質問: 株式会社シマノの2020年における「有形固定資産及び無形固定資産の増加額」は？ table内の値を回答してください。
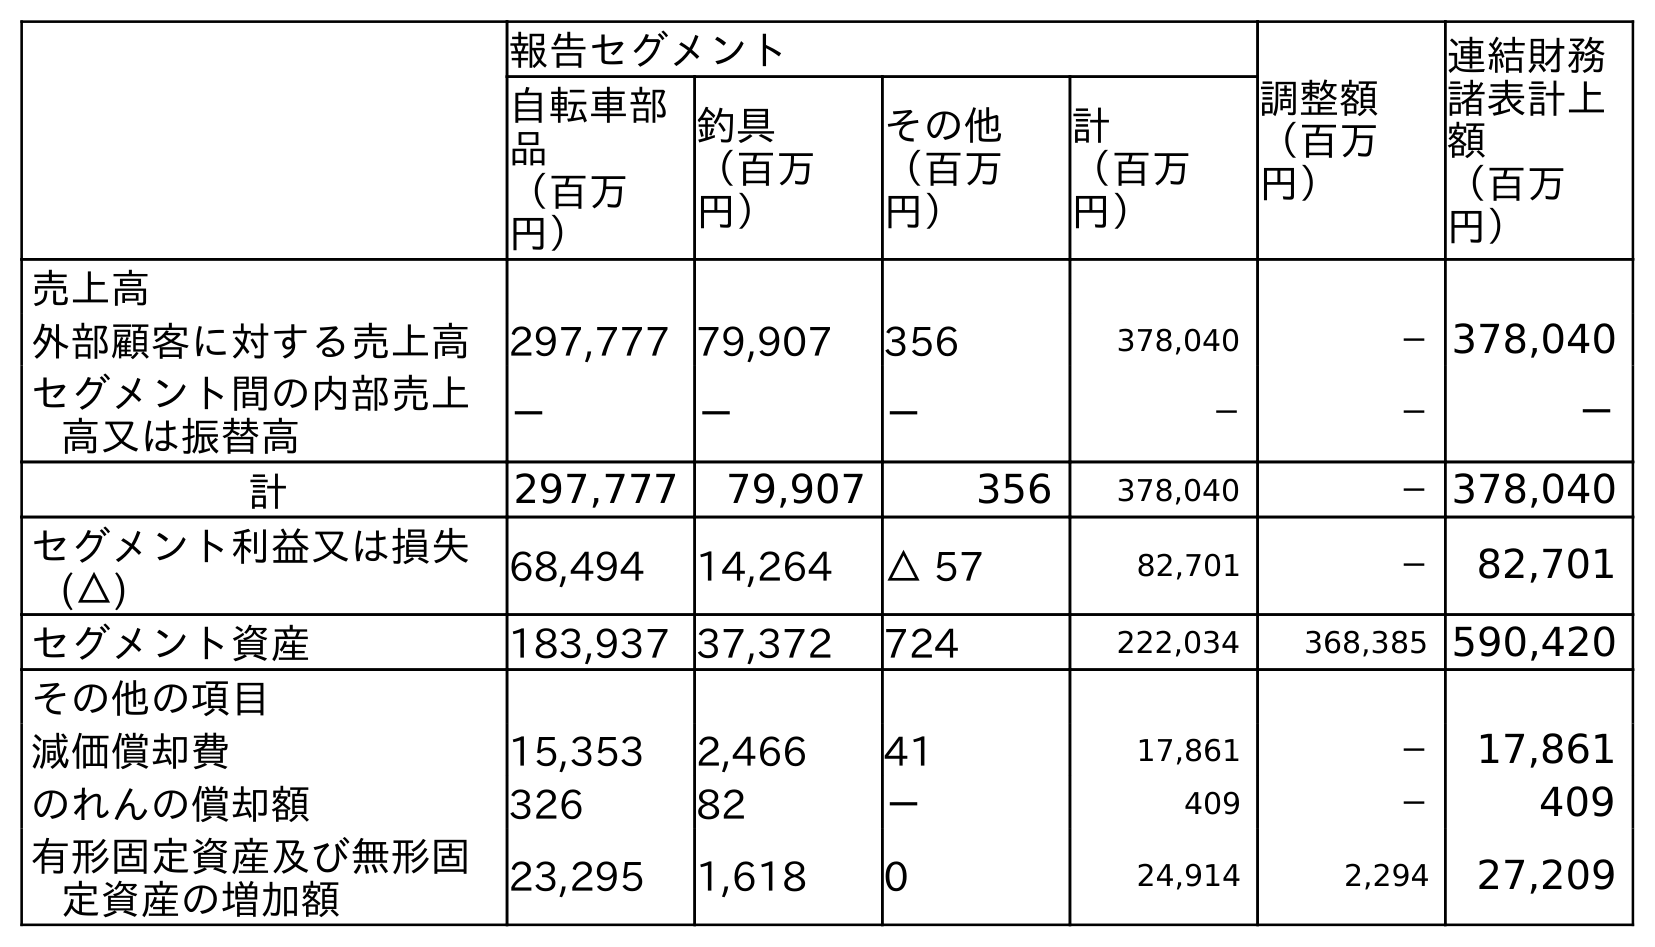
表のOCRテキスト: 報告セグメント 調整額 （百万 円） 連結財務 諸表計上 額 （百万 円） 自転車部 品 （百万 円） 釣具 （百万 円） その他 （百万 円） 計 （百万 円） 売上高 外部顧客に対する売上高 297,777 79,907 356 378,040 －378,040 セグメント間の内部売上 高又は振替高 － － － － － － 計 297,777 79,907 356 378,040 －378,040 セグメント利益又は損失 (△) 68,494 14,264 △ 57 82,701 － 82,701 セグメント資産 183,937 37,372 724 222,034 368,385 590,420 その他の項目 減価償却費 15,353 2,466 41 17,861 － 17,861 のれんの償却額 326 82 － 409 － 409 有形固定資産及び無形固 定資産の増加額 23,295 1,618 0 24,914 2,294 27,209
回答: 27,209